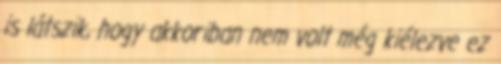
is látszik, hogy akkoriban nem volt még kiélezve ez